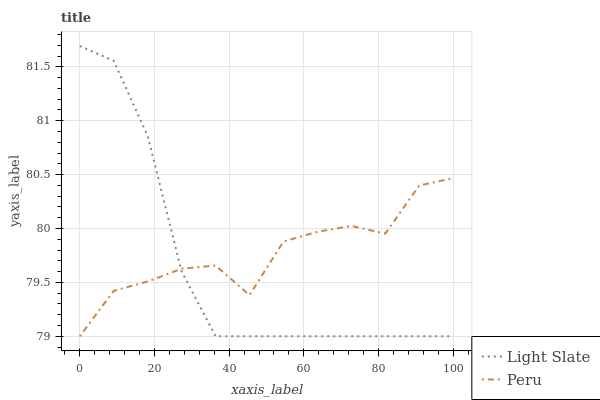
| xaxis_label | Light Slate | Peru |
 | --- | --- | --- |
 | 0 | 81.7 | 79 |
 | 9.09 | 81.6 | 79.4 |
 | 18.2 | 80.9 | 79.5 |
 | 27.3 | 79.6 | 79.6 |
 | 36.4 | 79 | 79.7 |
 | 45.5 | 79 | 79.4 |
 | 54.5 | 79 | 79.9 |
 | 63.6 | 79 | 80 |
 | 72.7 | 79 | 80 |
 | 81.8 | 79 | 80 |
 | 90.9 | 79 | 80.4 |
 | 100 | 79 | 80.5 |